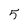
Character: 5